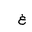
Letter: _gayn